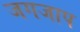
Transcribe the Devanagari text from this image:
जगजाप